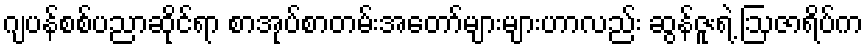
ဂျပန်စစ်ပညာဆိုင်ရာ စာအုပ်စာတမ်းအတော်များများဟာလည်း ဆွန်ဇူးရဲ့ ဩဇာရိပ်က